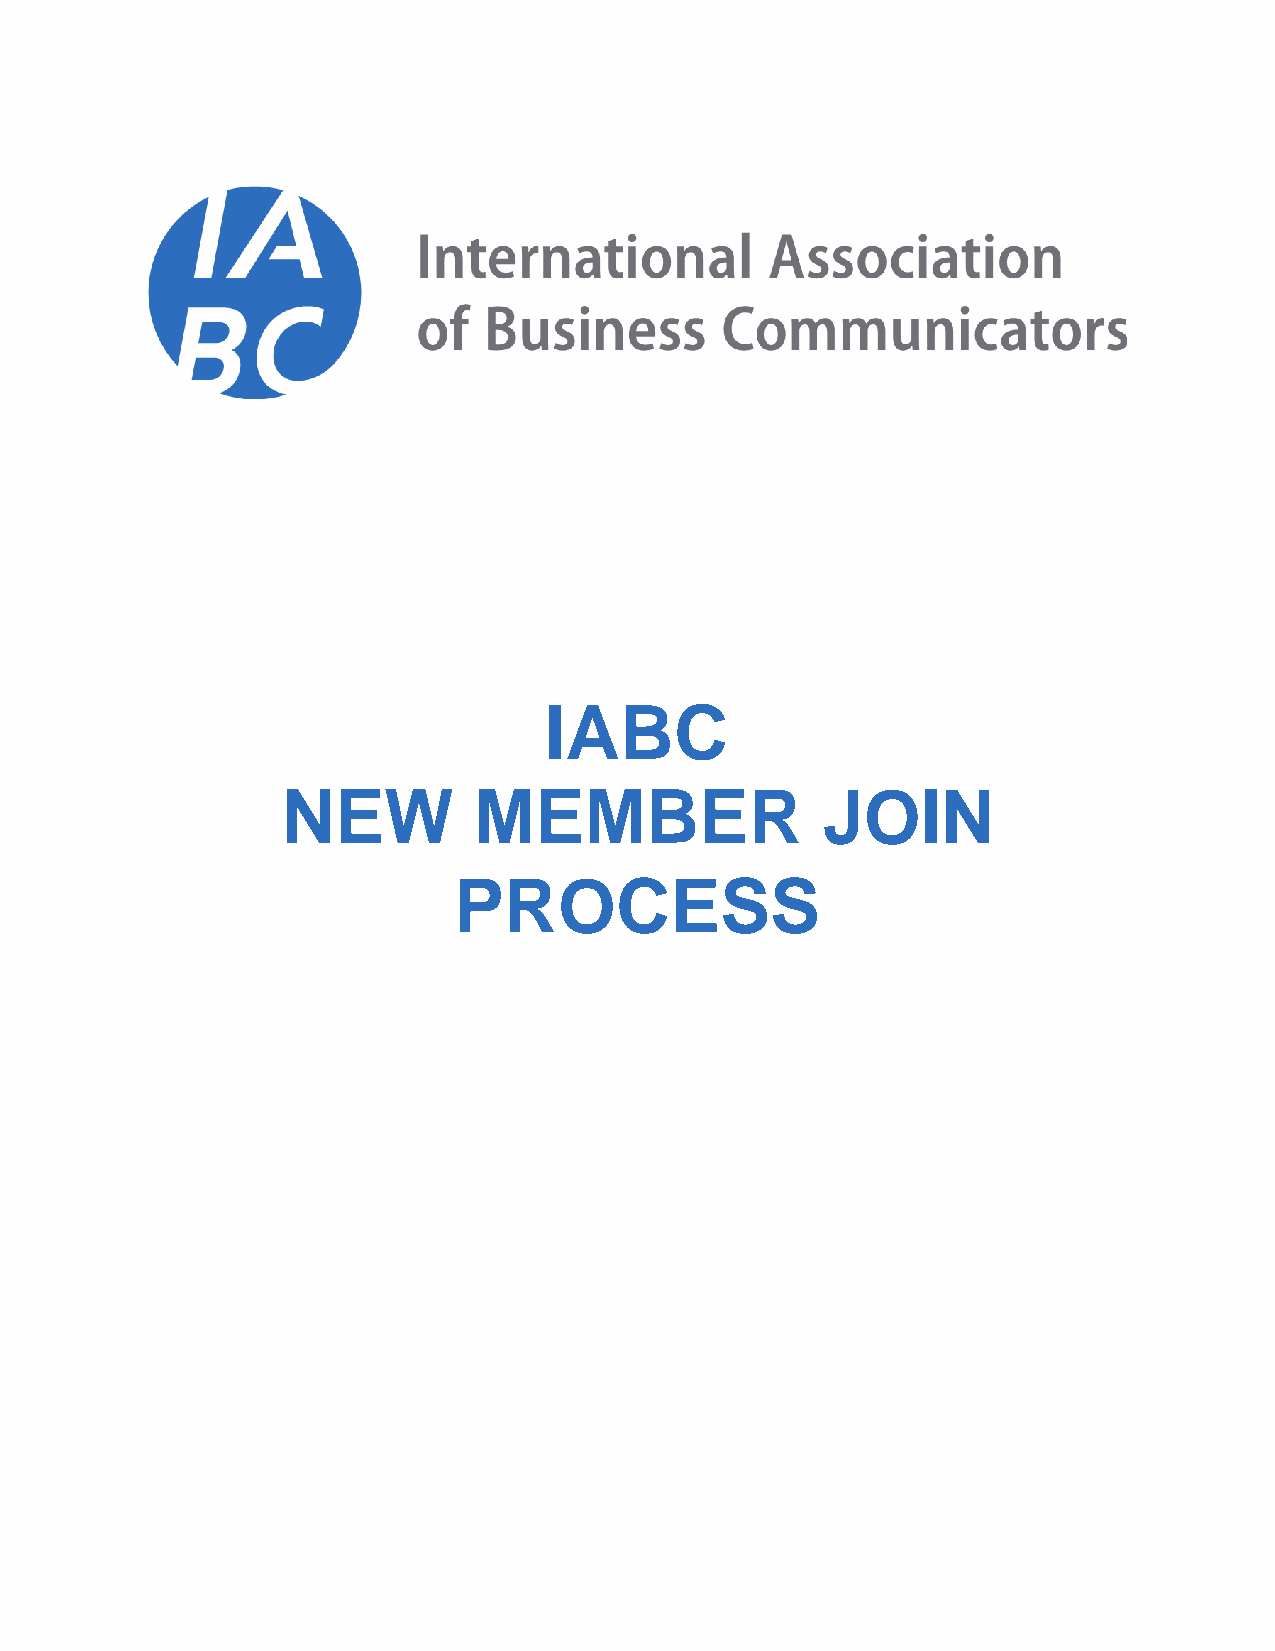
IABC
 NEW         MEMBER                 JOIN
 PROCESS